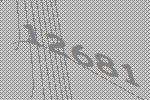
12681